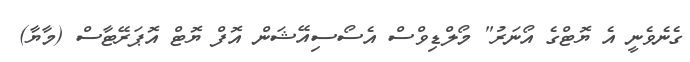
ގެނެވެނީ އެ ޔޮޓްގެ އޯނަރު" މޯލްޑިވްސް އެސޯސިއޭޝަން އޮފް ޔޮޓް އޮޕަރޭޓާސް (މާޔާ)